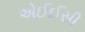
એઈઈસી